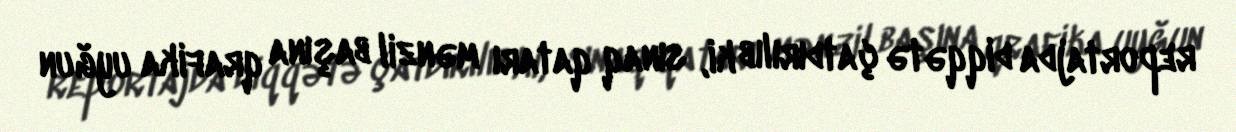
reportajda diqqətə çatdırılıb ki, sınaq qatarı mənzil başına qrafika uyğun